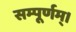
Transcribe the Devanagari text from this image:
सम्पूर्णम्।